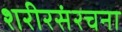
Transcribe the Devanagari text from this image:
शरीरसंरचना